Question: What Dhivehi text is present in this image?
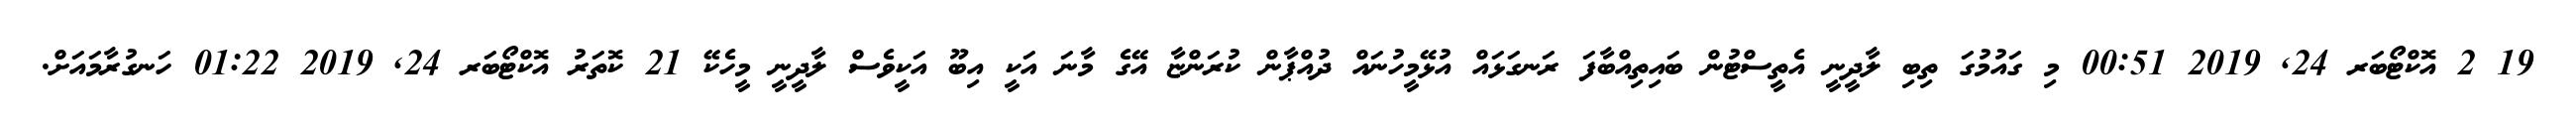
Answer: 19 2 އޮކްޓޯބަރ 24, 2019 00:51 މި ގައުމުގަ ތިބި ލާދީނީ އެތީސްޓުން ބައިތިއްބާފަ ރަނގަޅައް އުޅޭމީހުނައް ދުއްޕާން ކުރަންޏާ އޭގެ މާނަ އަކީ އިބޫ އަކީވެސް ލާދީނީ މީހެކޭ 21 ކޮތަރު އޮކްޓޯބަރ 24, 2019 01:22 ހަނގުރާމައަށް.